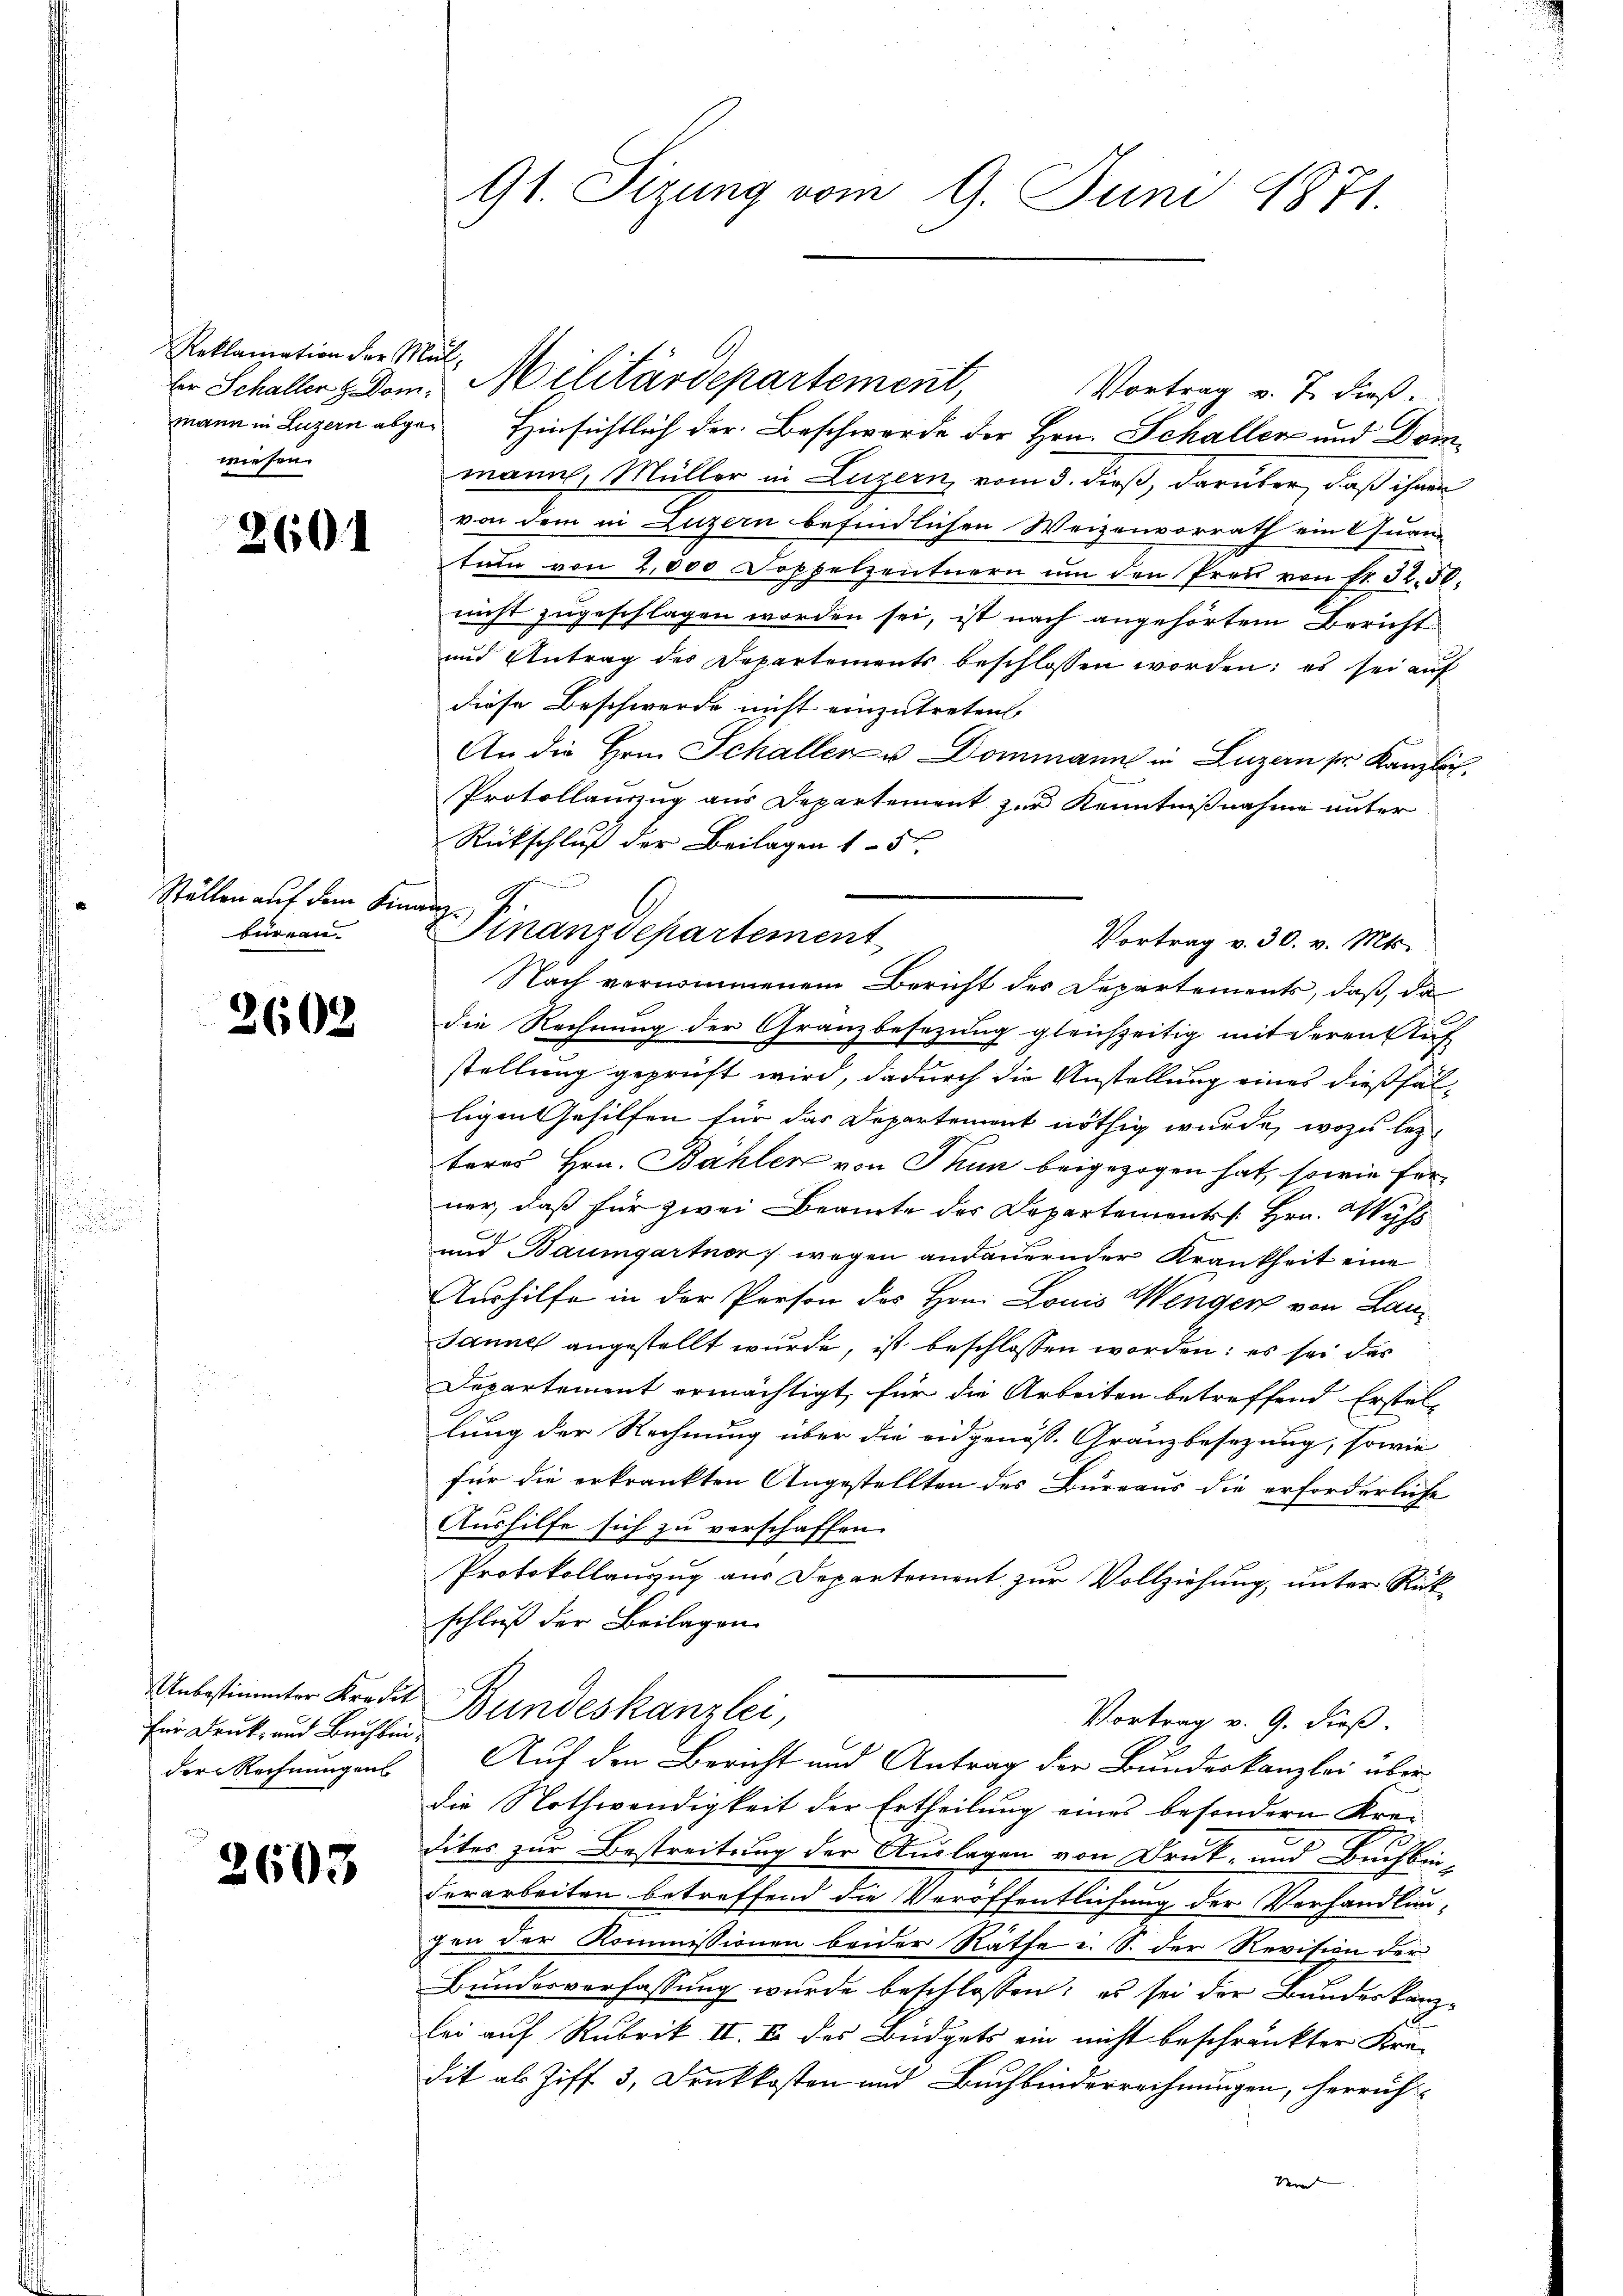
Reklamation der Mal,
wiesen.

260

Ställen auf dem Finanzbüreau.

2602

Unbestimmter Kredit
für Denk- und Buchbinder Rechnungen

2603

91. Sizung vom 9. Juni 1871.

g

Er Schaller & Dom. Militärdepartement,
Vortrag v. 7. dieß.
wann in Luzern abge¬ Hinsichtlich der Beschwerde der Hrn. Schallen und Dommann, Müller in Luzern, vom 3. dieß, darüber, daß ihnen
von dem in Luzern befindlichen Weizenvorrath ein Juan
tum von 2,000 Doppelzentnern ŭm den Preŭ von fr. 32. 5.
nicht zugeschlagen worden sei, ist nach angehörtem Bericht
und Antrag des Departements beschlossen worden: es sei auf
diese Beschwerde nicht einzutreten.
An die Hrn. Schallere Dommann in Luzern ser Kanzlich
Protollauszug aus Departement zur Kenntnißnahme unter
Rückschluß der Beilagen 15
Finanzdepartement
Vortrag v. 30. v. Mts.
Nach vernommenem Bericht des Departements, daß, da
die Rechnung der Granzbesezung gleichzeitig mit deren Auf
stellung geprüft wird, dadurch die Anstellung eines dießfälligen Gehilfen für das Departement nöthig wurde, wozu lez-
teres Hrn. Bählen von Thun beigezogen hat, sowie ferner, daß für zwei Beamte des Departements Hrn. Wyss
und Baumgartner, wegen andauernder Krankheit eine
Aushilfe in der Person des Hrn. Louis Wenger von Lan¬
Janne angestellt wurde, ist beschlossen worden: es sei das
Departement ermächtigt, für die Arbeiten betreffend Erstel-
lung der Rechnung über die eidgenöss. Granzbesetzung, sowie
für die erkränkten Angestellten des Bureaus die erforderliche
Aushilfe sich zu verschaffen.
Protokollauszug aus Departement zur Vollziehung, unter Rükschluß der Beilagen
Bundeskanzlei,
Vortrag v. 9. dieß.
Auf den Bericht und Antrag der Bundeskanzlei überdie Nothwendigkeit der Ertheilung eines besondern Krei
dites zur Bestreitung der Auslagen von Druck- und Buchben-
derarbeiten betreffend die Veröffentlichung der Verhandlungen der Kommissionen beider Räthe u. S. der Revision der
Bundesverfassung wurde beschlossen: es sei der Bundeskanz-
lei auf Rubrik II. B. des Büdgets ein nicht beschränkter Kredit als Ziff. 3, Denkkosten und Buchbinderrechnungen, herruf
Min